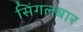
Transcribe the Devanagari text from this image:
सिंगलबार